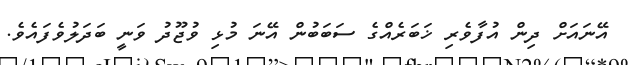
އޭނައަށް ދިން އުފާވެރި ޚަބަރެއްގެ ސަބަބުން އޭނަ މުޅި ވުޖޫދު ވަނީ ބަދަލުވެފައެވެ.